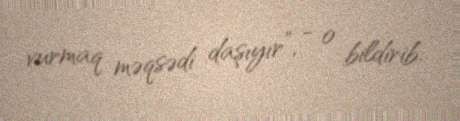
vurmaq məqsədi daşıyır”, - o bildirib.